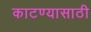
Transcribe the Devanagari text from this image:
काटण्यासाठी